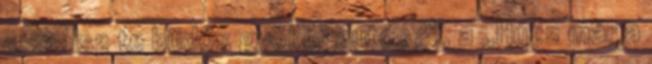
csinálsz te büdös gyökér autós?”, a „Húzz már a